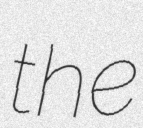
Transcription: the